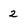
Character: 2